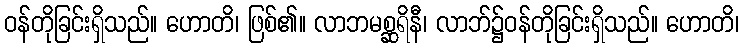
ဝန်တိုခြင်းရှိသည်။ ဟောတိ၊ ဖြစ်၏။ လာဘမစ္ဆရိနီ၊ လာဘ်၌ဝန်တိုခြင်းရှိသည်။ ဟောတိ၊